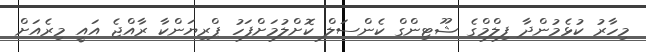
މިހާރު ކުޅެމުންދާ ފިލްމްގެ ޝޫޓިންގް ކެންސަލް ކޮށްލުމަށްފަހު ޕްރިޔަންކާ ރާއްޖެ އައީ މިރެއަށް